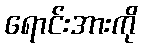
ရောင်းအားကို